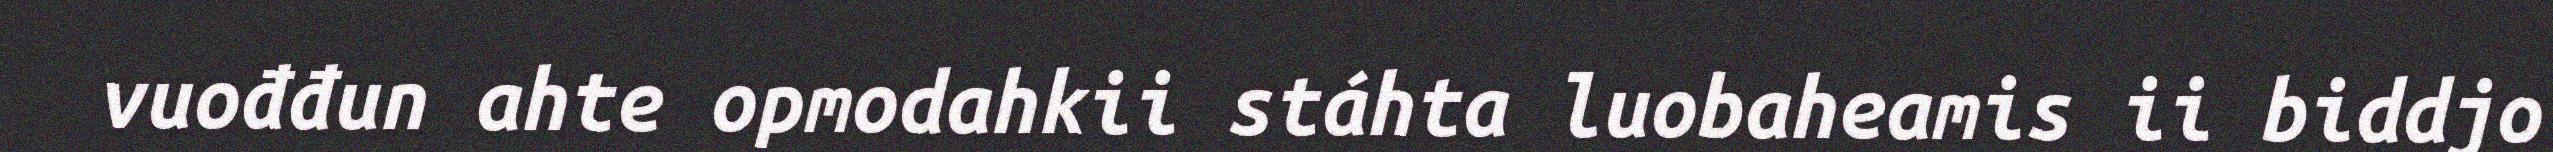
vuođđun ahte opmodahkii stáhta luobaheamis ii biddjo